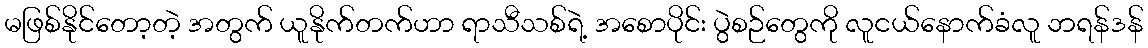
မဖြစ်နိုင်တော့တဲ့ အတွက် ယူနိုက်တက်ဟာ ရာသီသစ်ရဲ့ အစောပိုင်း ပွဲစဉ်တွေကို လူငယ်နောက်ခံလူ ဘရန်ဒန်